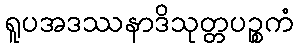
ရူပအဒဿနာဒိသုတ္တပဉ္စကံ